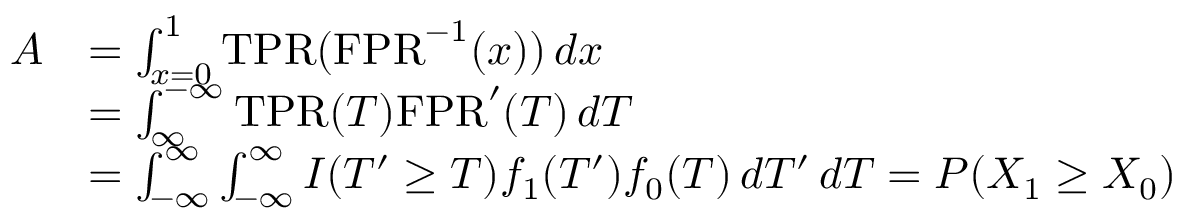
{ \begin{array} { r l } { A } & { = \int _ { x = 0 } ^ { 1 } { \mathrm { T P R } } ( { \mathrm { F P R } } ^ { - 1 } ( x ) ) \, d x } \\ & { = \int _ { \infty } ^ { - \infty } { \mathrm { T P R } } ( T ) { \mathrm { F P R } } ^ { \prime } ( T ) \, d T } \\ & { = \int _ { - \infty } ^ { \infty } \int _ { - \infty } ^ { \infty } I ( T ^ { \prime } \geq T ) f _ { 1 } ( T ^ { \prime } ) f _ { 0 } ( T ) \, d T ^ { \prime } \, d T = P ( X _ { 1 } \geq X _ { 0 } ) } \end{array} }